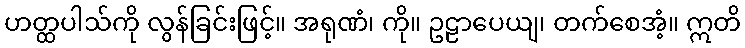
ဟတ္ထပါသ်ကို လွန်ခြင်းဖြင့်။ အရုဏံ၊ ကို။ ဥဠာပေယျ၊ တက်စေအံ့။ ဣတိ